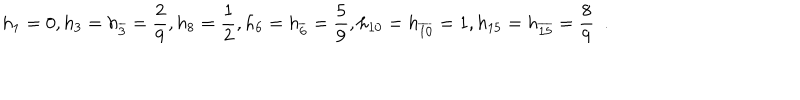
h _ { 1 } = 0 , h _ { 3 } = h _ { \overline { { { 3 } } } } = \frac { 2 } { 9 } , h _ { 8 } = \frac { 1 } { 2 } , h _ { 6 } = h _ { \overline { { { 6 } } } } = \frac { 5 } { 9 } , h _ { 1 0 } = h _ { \overline { { { 1 0 } } } } = 1 , h _ { 1 5 } = h _ { \overline { { { 1 5 } } } } = \frac { 8 } { 9 } \ \ .